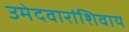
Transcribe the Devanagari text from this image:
उमेदवारांशिवाय